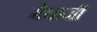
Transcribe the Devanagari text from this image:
मेधाजी